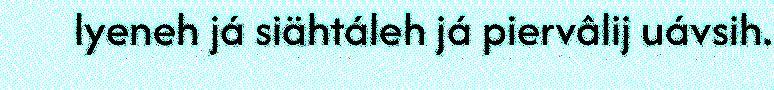
lyeneh já siähtáleh já piervâlij uávsih.